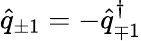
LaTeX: \hat{q}_{\pm 1}=-\hat{q}_{\mp 1}^{\dagger}